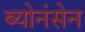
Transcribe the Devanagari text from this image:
ब्योनंसेन